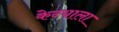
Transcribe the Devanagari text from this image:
केन्याला